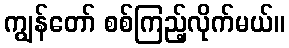
ကျွန်တော် စစ်ကြည့်လိုက်မယ်။